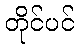
တိုင်ပင်